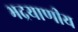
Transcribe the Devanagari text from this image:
भद्रयाणीय